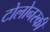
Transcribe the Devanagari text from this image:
टोलोनस्की